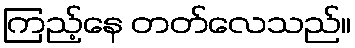
ကြည့်နေ တတ်လေသည်။